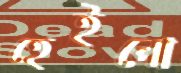
হেইনো